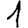
Digit: 1